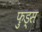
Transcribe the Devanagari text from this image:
फुड्स